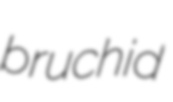
bruchid